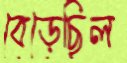
বেড়েছিল